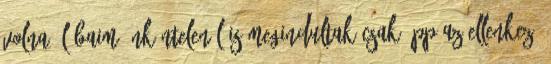
volna, lábaim önkéntelenül is megindultak csak épp az ellenkező